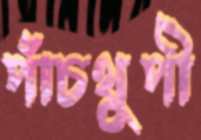
পাঁচথুপী